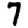
Digit: 7